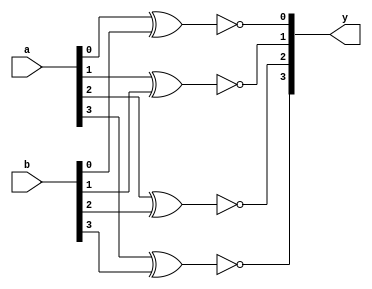
module xup_xnor_vector #(parameter SIZE = 4 , DELAY = 3)(
    input [SIZE-1:0] a,
    input [SIZE-1:0] b,
    output [SIZE-1:0] y
    ); 
    
   genvar i;
    generate
       for (i=0; i < SIZE; i=i+1) 
       begin: xnor_i
          xnor #DELAY(y[i], a[i], b[i]);
       end
    endgenerate
    
endmodule